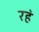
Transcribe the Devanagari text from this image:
रह॓